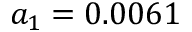
a _ { 1 } = 0 . 0 0 6 1